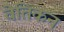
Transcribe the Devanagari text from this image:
वेतिकन